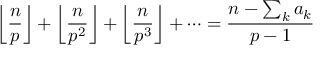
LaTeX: \left\lfloor { \frac { n } { p } } \right\rfloor + \left\lfloor { \frac { n } { p ^ { 2 } } } \right\rfloor + \left\lfloor { \frac { n } { p ^ { 3 } } } \right\rfloor + \dots = { \frac { n - \sum _ { k } a _ { k } } { p - 1 } }